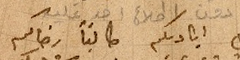
اقبل اياديكم طالباً رضاكم